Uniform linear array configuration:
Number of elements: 16
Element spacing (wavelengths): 0.75
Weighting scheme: uniform
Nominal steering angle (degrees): -30
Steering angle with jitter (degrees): -31.789
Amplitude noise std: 0.05
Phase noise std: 0.05

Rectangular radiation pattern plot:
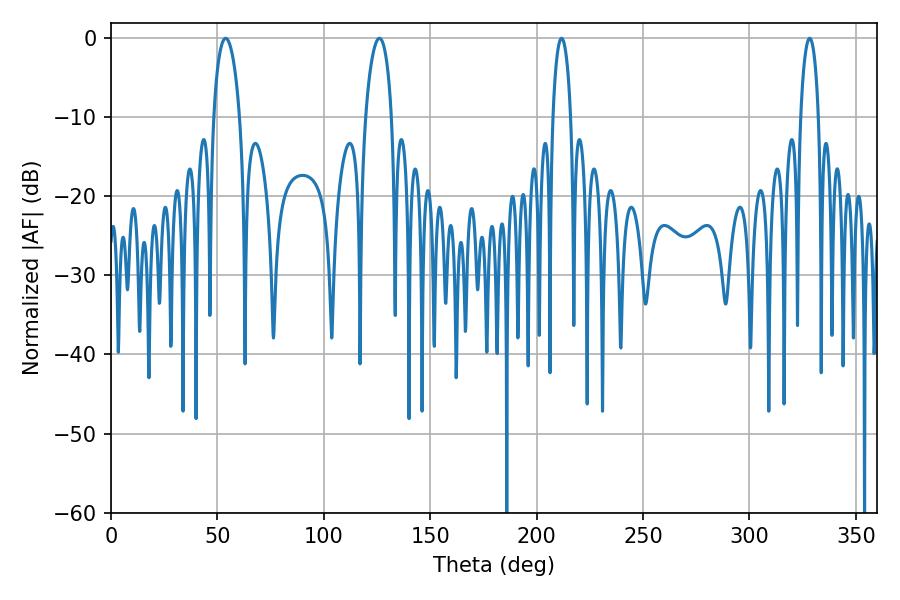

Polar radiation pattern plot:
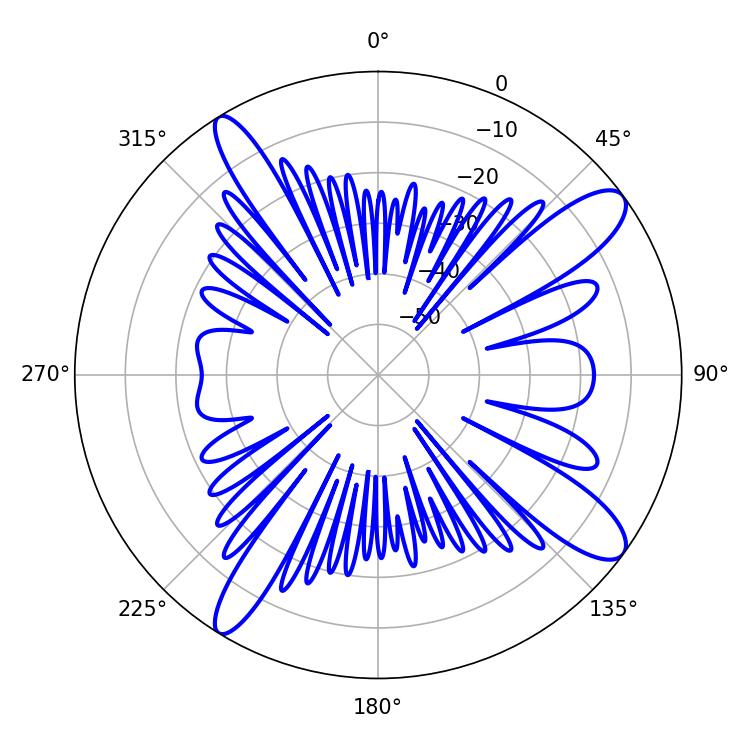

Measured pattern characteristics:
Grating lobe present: TRUE
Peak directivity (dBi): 12.109
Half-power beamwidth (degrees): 4.86
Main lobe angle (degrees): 211.68